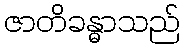
ဇာတိခန္ဓာသည်